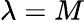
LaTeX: \lambda=M